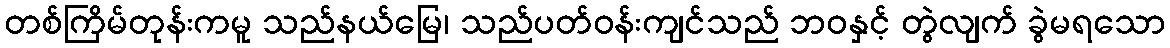
တစ်ကြိမ်တုန်းကမူ သည်နယ်မြေ၊ သည်ပတ်ဝန်းကျင်သည် ဘဝနှင့် တွဲလျက် ခွဲမရသော